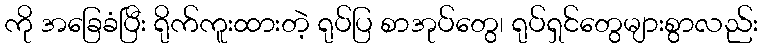
ကို အခြေခံပြီး ရိုက်ကူးထားတဲ့ ရုပ်ပြ စာအုပ်တွေ၊ ရုပ်ရှင်တွေများစွာလည်း